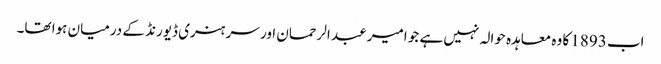
اب 1893 کا وہ معاہدہ حوالہ نہیں ہے جو امیر عبد الرحمان اور سر ہنری ڈیورنڈ کے درمیان ہوا تھا۔